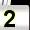
Digit: 2